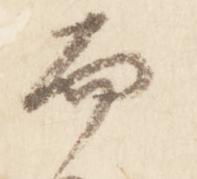
而